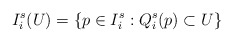
\begin{align*}I^s_i(U) = \lbrace p \in I^s_i: Q^s_i(p) \subset U \rbrace\end{align*}